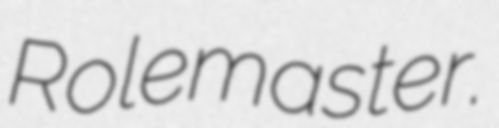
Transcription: Rolemaster.